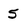
Character: 5